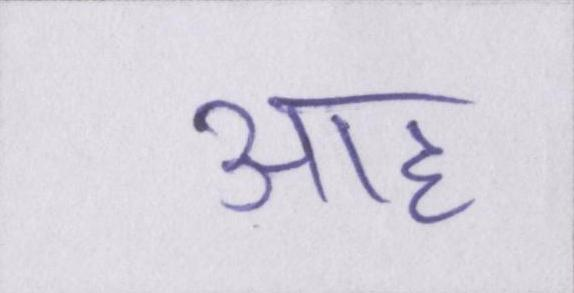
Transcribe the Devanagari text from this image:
आह